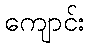
ကျောင်း